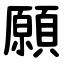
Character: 願